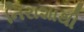
નિરાશાથી